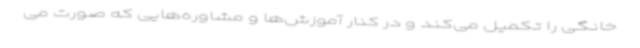
خانگی را تکمیل می‌کند و در کنار آموزش‌ها و مشاوره‌هایی که صورت می